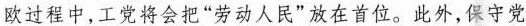
欧过程中，工党将会把”劳动人民”放在首位。此外，保守党